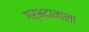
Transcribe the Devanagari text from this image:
गर्भदानाला